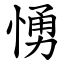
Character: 愑